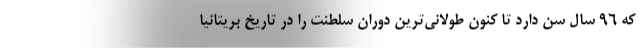
که ۹۶ سال سن دارد تا کنون طولانی‌ترین دوران سلطنت را در تاریخ بریتانیا